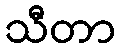
သီတာ